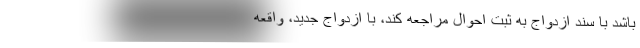
باشد با سند ازدواج به ثبت احوال مراجعه کند، با ازدواج جدید، واقعه